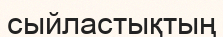
сыйластықтың